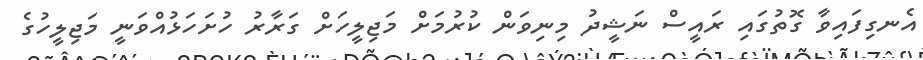
އެނގިފައިވާ ގޮތުގައި ރައީސް ނަޝީދު މިނިވަން ކުރުމަށް މަޖިލީހަށް ގަރާރު ހުށަހަޅުއްވަނީ މަޖިލީހުގެ